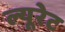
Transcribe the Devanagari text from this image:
ल्यूरेट